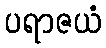
ပရာဇယံ